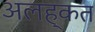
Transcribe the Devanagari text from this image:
अलह्कत